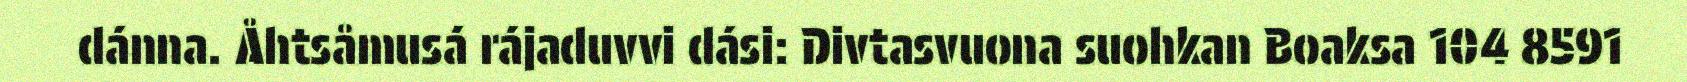
dánna. Åhtsåmusá rájaduvvi dási: Divtasvuona suohkan Boaksa 104 8591